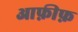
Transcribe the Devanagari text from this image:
आफ़ीफ़